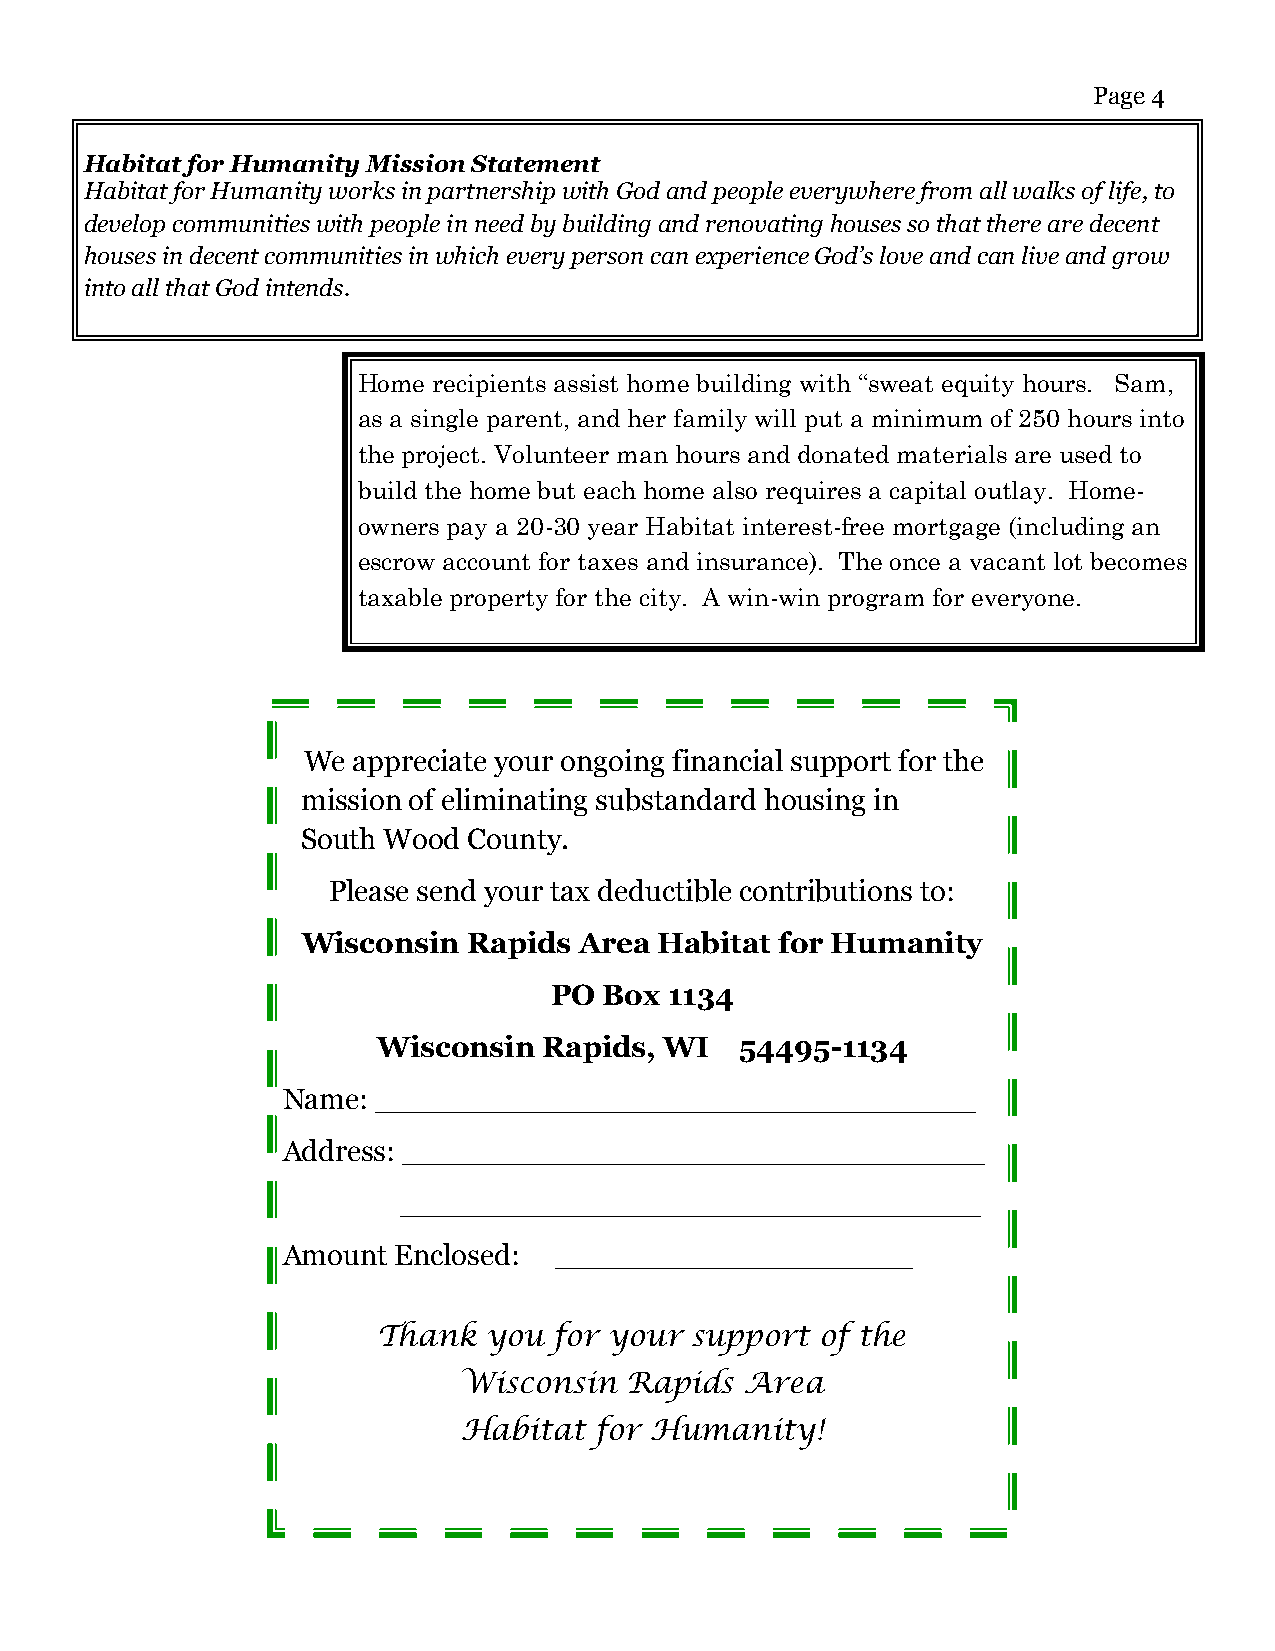
Page 4
 Habitat for Humanity Mission Statement
 Habitat for Humanity works in partnership with God and people everywhere from all walks of life, to
 develop communities with people in need by building and renovating houses so that there are decent
 houses in decent communities in which every person can experience God’s love and can live and grow
 into all that God intends.
 Home recipients assist home building with “sweat equity hours. Sam,
 as a single parent, and her family will put a minimum of 250 hours into
 the project. Volunteer man hours and donated materials are used to
 build the home but each home also requires a capital outlay. Home-
 owners pay a 20-30 year Habitat interest-free mortgage (including an
 escrow account for taxes and insurance). The once a vacant lot becomes
 taxable property for the city. A win-win program for everyone.
 We appreciate your ongoing financial support for the
 mission of eliminating substandard housing in
 South Wood County.
 Please send your tax deductible contributions to:
 Wisconsin  Rapids Area  Habitat for Humanity
 PO  Box 1134
 Wisconsin  Rapids, WI   54495-1134
 Name: ________________________________
 Address: _______________________________
 _______________________________
 Amount Enclosed:  ___________________
 Thank  you  for your support of the
 Wisconsin  Rapids  Area
 Habitat for Humanity!